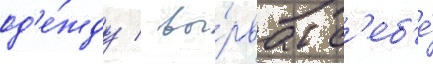
од'е́жду / вы́рвал с'еб'е́